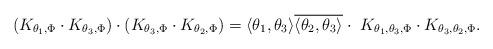
LaTeX: \begin{align*} (K_{\theta_1,\Phi} \cdot K_{\theta_3,\Phi}) \cdot (K_{\theta_3,\Phi} \cdot K_{\theta_2,\Phi}) = \langle \theta_1,\theta_3\rangle \overline{\langle \theta_2,\theta_3\rangle} \cdot \ K_{\theta_1,\theta_3,\Phi} \cdot K_{\theta_3,\theta_2,\Phi}. \end{align*}